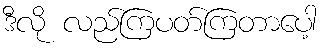
ဒီလို လည်ကြပတ်ကြတာပေါ့